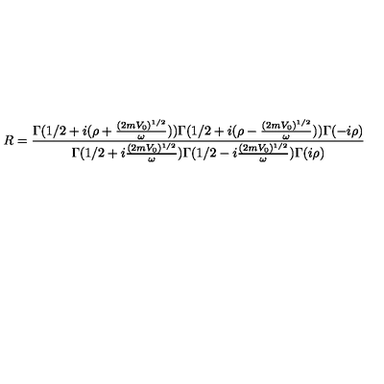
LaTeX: R = \frac { \Gamma ( 1 / 2 + i ( \rho + \frac { ( 2 m V _ { 0 } ) ^ { 1 / 2 } } { \omega } ) ) \Gamma ( 1 / 2 + i ( \rho - \frac { ( 2 m V _ { 0 } ) ^ { 1 / 2 } } { \omega } ) ) \Gamma ( - i \rho ) } { \Gamma ( 1 / 2 + i \frac { ( 2 m V _ { 0 } ) ^ { 1 / 2 } } { \omega } ) \Gamma ( 1 / 2 - i \frac { ( 2 m V _ { 0 } ) ^ { 1 / 2 } } { \omega } ) \Gamma ( i \rho ) }